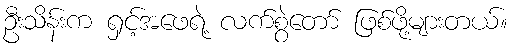
ဦးသိန်းက ရှင့်အဖေရဲ့ လက်စွဲတော် ဖြစ်ဖို့များတယ်။